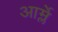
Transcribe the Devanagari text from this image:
आर्म्ले